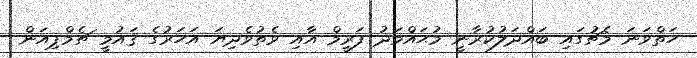
ހަތްވަނަ މެޗުގައި ބައްދަލުކުރާނީ މުޙައްމަދު ފަރީމް އާއި ވެތުވެދިޔަ އަހަރުގެ ޤައުމީ ޗެމްޕިއަން